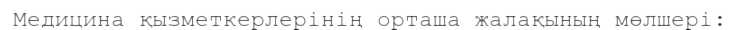
Медицина қызметкерлерінің орташа жалақының мөлшері: